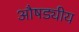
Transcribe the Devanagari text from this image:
औषड्यीय